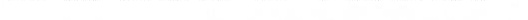
会在羊体内分解，这说明 ( )